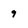
Character: 9